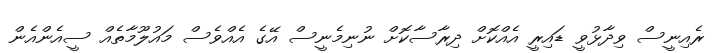
ރެއިނީސް ވިދާޅުވީ ޑައިރީ އެއްކޮށް ދިރާސާކޮށް ނުނިމެނީސް އޭގެ އެއްވެސް މައުލޫމާތެއް ސީއެންއެން